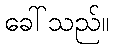
ခေါ်သည်။